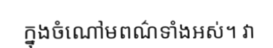
ក្នុងចំណៅមពណ៌ទាំងអស់។ វា